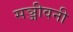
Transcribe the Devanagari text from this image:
सञ्जीवनी